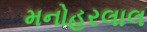
મનોહરલાલ